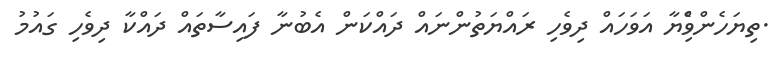
.ތިޔަހެންވިެްޔާ އަވަހައް ދިވެހި ރައްޔަތުންނައް ދައްކަން އެބުނާ ފައިސާތައް ދައްކާ ދިވެހި ގައުމު